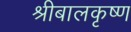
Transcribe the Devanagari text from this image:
श्रीबालकृष्ण